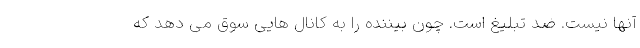
آنها نیست. ضد تبلیغ است. چون بیننده را به کانال هایی سوق می دهد که